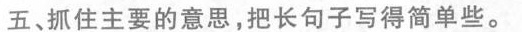
五、抓住主要的意思，把长句子写得简单些。